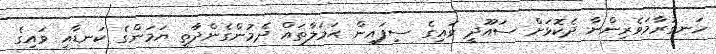
ހަނގުރާމަވެރިންނާ ދެކޮޅަށް ސައޫދީ ވައިގެ ސިފައިން ޙަމަލާތައް ދެމުންގެންދާތީ ޔަމަންގެ ކަނޑާއި ވައިގެ